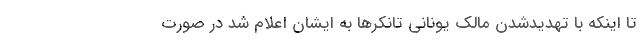
تا اینکه با تهدیدشدن مالک یونانی تانکرها به ایشان اعلام شد در صورت